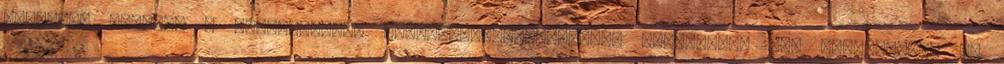
esetében azonban a hivatkozható alaptörvény-ellenesség terjedelme két szempontból is